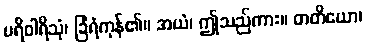
ပရိဝါရိသုံ၊ ခြံရံကုန်၏။ အယံ၊ ဤသည်ကား။ တတိယော၊